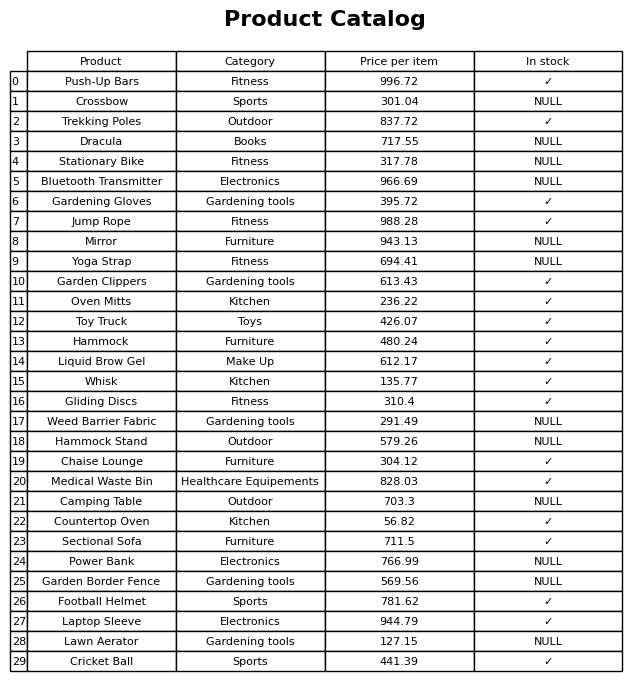
question: What is the price of the Gardening Gloves?
answer: The price of Gardening Gloves is 395.72.